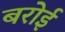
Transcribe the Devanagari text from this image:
बरोई